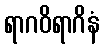
ရာဂဝိရာဂိနံ